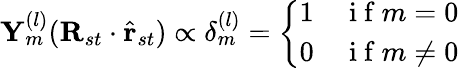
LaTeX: \mathbf{Y}_{m}^{(l)}(\mathbf{R}_{st}\cdot\hat{\mathbf{r}}_{st})\propto\mathbf{\delta}_{m}^{(l)}=\left\{ \begin{array}{ll}{1}&{\mathrm{~i~f~}m=0}\\ {0}&{\mathrm{~i~f~}m\neq 0}\end{array}\right.